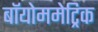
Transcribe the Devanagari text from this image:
बॉयोममेट्रिक